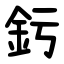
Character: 釫